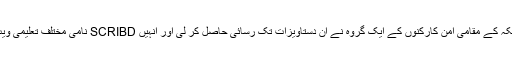
حال ہی میں، شمالی امریکہ کے مقامی امن کارکنوں کے ایک گروہ نے ان دستاویزات تک رسائی حاصل کر لی اور انہیں SCRIBD نامی مختلف تعلیمی ویب سائٹس میں اپ لوڈ کیا۔